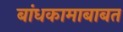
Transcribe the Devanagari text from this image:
बांधकामाबाबत